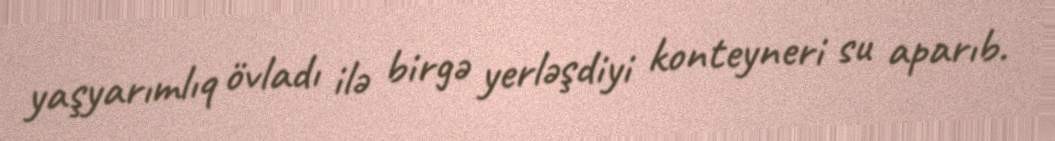
yaşyarımlıq övladı ilə birgə yerləşdiyi konteyneri su aparıb.